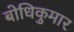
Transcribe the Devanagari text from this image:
बोधिकुमार